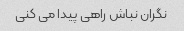
نگران نباش راهی پیدا می کنی